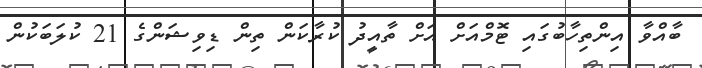
ބާއްވާ އިންތިހާބުގައި ޓޮމްއަށް އަށް ތާއީދު ކުރާކަން ތިން ޑިވިޝަންގެ 21 ކުލަބަކުން